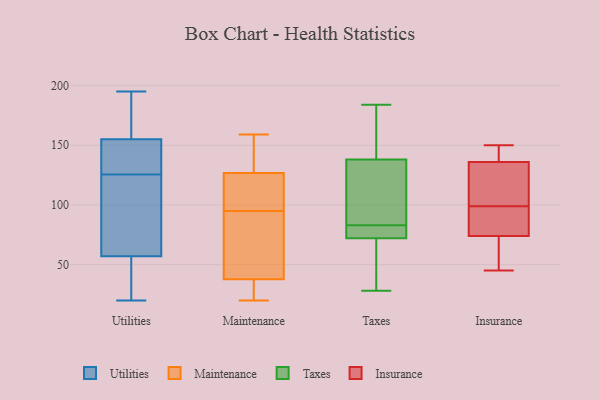
{"axis": {"x": "Demand Index", "y": "Value"}, "legend": ["Insurance", "Maintenance", "Taxes", "Utilities"], "data": [{"x": "", "y": 54, "type": "Utilities"}, {"x": "", "y": 126, "type": "Utilities"}, {"x": "", "y": 84, "type": "Utilities"}, {"x": "", "y": 57, "type": "Utilities"}, {"x": "", "y": 195, "type": "Utilities"}, {"x": "", "y": 83, "type": "Utilities"}, {"x": "", "y": 20, "type": "Utilities"}, {"x": "", "y": 26, "type": "Utilities"}, {"x": "", "y": 155, "type": "Utilities"}, {"x": "", "y": 125, "type": "Utilities"}, {"x": "", "y": 162, "type": "Utilities"}, {"x": "", "y": 190, "type": "Utilities"}, {"x": "", "y": 133, "type": "Utilities"}, {"x": "", "y": 133, "type": "Utilities"}, {"x": "", "y": 156, "type": "Maintenance"}, {"x": "", "y": 147, "type": "Maintenance"}, {"x": "", "y": 95, "type": "Maintenance"}, {"x": "", "y": 45, "type": "Maintenance"}, {"x": "", "y": 150, "type": "Maintenance"}, {"x": "", "y": 38, "type": "Maintenance"}, {"x": "", "y": 37, "type": "Maintenance"}, {"x": "", "y": 99, "type": "Maintenance"}, {"x": "", "y": 20, "type": "Maintenance"}, {"x": "", "y": 159, "type": "Maintenance"}, {"x": "", "y": 20, "type": "Maintenance"}, {"x": "", "y": 102, "type": "Maintenance"}, {"x": "", "y": 102, "type": "Maintenance"}, {"x": "", "y": 34, "type": "Maintenance"}, {"x": "", "y": 42, "type": "Maintenance"}, {"x": "", "y": 44, "type": "Maintenance"}, {"x": "", "y": 120, "type": "Maintenance"}, {"x": "", "y": 85, "type": "Taxes"}, {"x": "", "y": 72, "type": "Taxes"}, {"x": "", "y": 74, "type": "Taxes"}, {"x": "", "y": 150, "type": "Taxes"}, {"x": "", "y": 177, "type": "Taxes"}, {"x": "", "y": 64, "type": "Taxes"}, {"x": "", "y": 50, "type": "Taxes"}, {"x": "", "y": 28, "type": "Taxes"}, {"x": "", "y": 184, "type": "Taxes"}, {"x": "", "y": 76, "type": "Taxes"}, {"x": "", "y": 138, "type": "Taxes"}, {"x": "", "y": 118, "type": "Taxes"}, {"x": "", "y": 93, "type": "Taxes"}, {"x": "", "y": 81, "type": "Taxes"}, {"x": "", "y": 132, "type": "Insurance"}, {"x": "", "y": 125, "type": "Insurance"}, {"x": "", "y": 78, "type": "Insurance"}, {"x": "", "y": 150, "type": "Insurance"}, {"x": "", "y": 83, "type": "Insurance"}, {"x": "", "y": 149, "type": "Insurance"}, {"x": "", "y": 71, "type": "Insurance"}, {"x": "", "y": 47, "type": "Insurance"}, {"x": "", "y": 45, "type": "Insurance"}, {"x": "", "y": 114, "type": "Insurance"}, {"x": "", "y": 75, "type": "Insurance"}, {"x": "", "y": 148, "type": "Insurance"}, {"x": "", "y": 99, "type": "Insurance"}]}